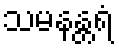
သမနန္တရံ